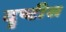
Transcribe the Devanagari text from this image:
दॄष्टीस